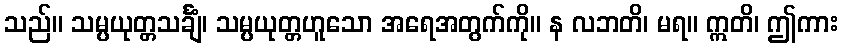
သည်။ သမ္ပယုတ္တသင်္ချံ၊ သမ္ပယုတ္တဟူသော အရေအတွက်ကို။ န လဘတိ၊ မရ။ ဣတိ၊ ဤကား